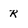
Character: R